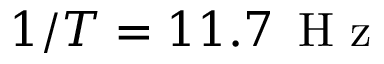
1 / T = 1 1 . 7 \, \mathrm { ~ H ~ z ~ }